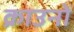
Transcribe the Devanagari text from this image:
क्राउनों